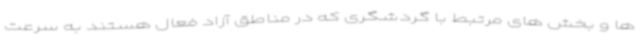
ها و بخش های مرتبط با گردشگری که در مناطق آزاد فعال هستند به سرعت